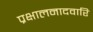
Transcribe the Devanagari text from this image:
प्रक्षालनादवारि